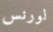
لورنس